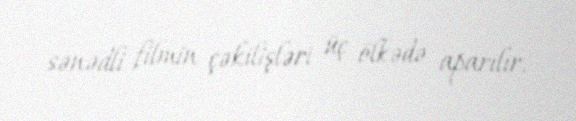
sənədli filmin çəkilişləri üç ölkədə aparılır.